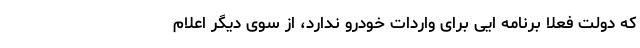
که دولت فعلا برنامه ایی برای واردات خودرو ندارد، از سوی دیگر اعلام